Calcutta medical institutions reports 1892-1900
Year: 1892
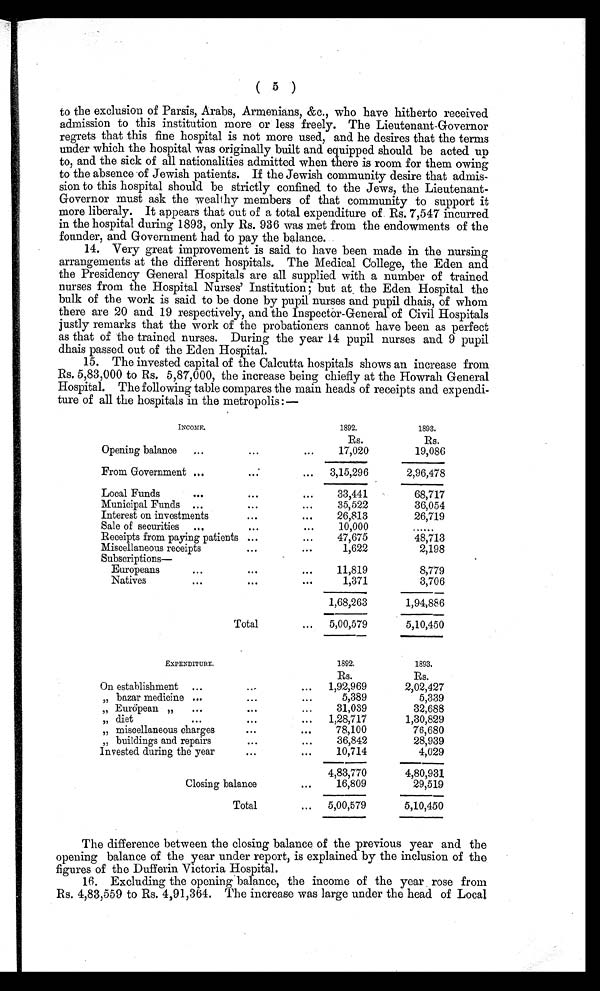
( 5 )
to the exclusion of Parsis, Arabs, Armenians, &c., who have hitherto received
admission to this institution more or less freely. The Lieutenant-Governor
regrets that this fine hospital is not more used, and he desires that the terms
under which the hospital was originally built and equipped should be acted up
to, and the sick of all nationalities admitted when there is room for them owing
to the absence of Jewish patients. If the Jewish community desire that admis-
sion to this hospital should be strictly confined to the Jews, the Lieutenant-
Governor must ask the wealthy members of that community to support it
more liberaly. It appears that out of a total expenditure of Rs. 7,547 incurred
in the hospital during 1893, only Rs. 936 was met from the endowments of the
founder, and Government had to pay the balance.
14. Very great improvement is said to have been made in the nursing
arrangements at the different hospitals. The Medical College, the Eden and
the Presidency General Hospitals are all supplied with a number of trained
nurses from the Hospital Nurses' Institution; but at the Eden Hospital the
bulk of the work is said to be done by pupil nurses and pupil dhais, of whom
there are 20 and 19 respectively, and the Inspector-General of Civil Hospitals
justly remarks that the work of the probationers cannot have been as perfect
as that of the trained nurses. During the year 14 pupil nurses and 9 pupil
dhais passed out of the Eden Hospital.
15. The invested capital of the Calcutta hospitals shows an increase from
Rs. 5,83,000 to Rs. 5,87,000, the increase being chiefly at the Howrah General
Hospital. The following table compares the main heads of receipts and expendi-
ture of all the hospitals in the metropolis:—
INCOME.
1892.
1893.
Rs.
Rs.
Opening balance ...
. . .
. . .
17,020
1 9 , 0 8 6
From Government ...
...
... 3,15,296
2,96,478
Local Funds
. . . ...
...
33,441
68,717
Municipal Funds ...
...
. . .
35,522
36,054
Interest on investments
. . .
. . .
26,813
26,719
Sale of securities ...
. . .
. . .
10,000
......
Receipts from paying patients ...
...
47,675
48,713
Miscellaneous receipts
...
...
1,622
2,198
Subscriptions—
Europeans
. . .
. . .
...
11,819
8,779
Natives
...
...
. . .
1,371
3,706
1,68,263
1,94,886
Total
... 5,00,579
5,10,450
EXPENDITURE.
1892.
1893.
Rs.
Rs.
On establishment ...
. . .
... 1,92,969
2,02,427
„ bazar medicine ...
. . .
. . .
5,389
5,339
„ European „ ...
. . .
...
31,039
32,688
„ diet
...
. . .
... 1,28,717
1,30,829
„ miscellaneous charges
. . .
. . .
78,100
76,680
„ buildings and repairs
. . .
. . .
36,842
28,939
Invested during the year
. . .
...
10,714
4,029
4,83,770
4,80,931
Closing balance
...
16,809
29,519
Total
... 5,00,579
5,10,450
The difference between the closing balance of the previous year and the
opening balance of the year under report, is explained by the inclusion of the
figures of the Dufferin Victoria Hospital.
16. Excluding the opening balance, the income of the year rose from
Rs. 4,83,559 to Rs. 4,91,364. The increase was large under the head of Local